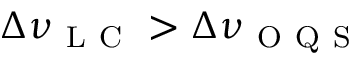
\Delta \nu _ { \mathrm { ~ L ~ C ~ } } > \Delta \nu _ { \mathrm { ~ O ~ Q ~ S ~ } }